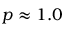
p \approx 1 . 0